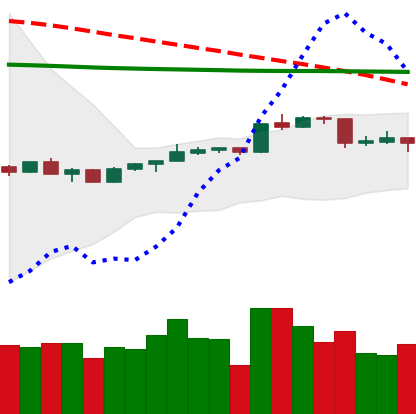
Ticker: ADA-USD
Chart end date: 2020-04-13
Forward return: 10.409%
Label: up_7plus